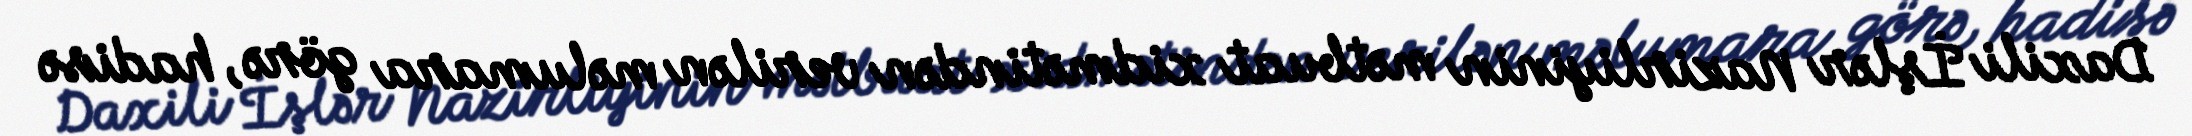
Daxili İşlər Nazirliyinin mətbuat xidmətindən verilən məlumara görə, hadisə